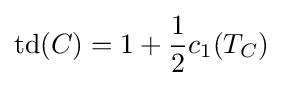
\operatorname {td} (C)=1+{\frac {1}{2}}c_{1}(T_{C})